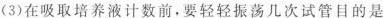
(3)在吸取培养液计数前，要轻轻振荡几次试管目的是